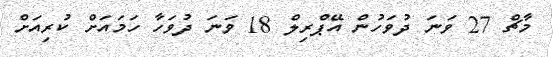
މާޗް 27 ވަނަ ދުވަހުން އޭޕްރިލް 18 ވަނަ ދުވަހާ ހަމައަށް ކުރިއަށް